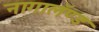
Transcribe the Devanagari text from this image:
नागालॅण्ड